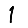
Digit: 1